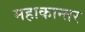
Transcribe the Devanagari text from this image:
महाकान्तर